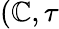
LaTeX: (\mathbb{C},\tau